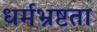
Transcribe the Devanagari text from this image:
धर्मभ्रष्टता